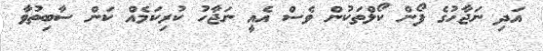
އަދި ނަޖާހުގެ ފޯން ކޯލްތަކުން ވެސް އެއީ ނަޖާހު ކުރިކަމެއް ކަން ސާބިތުވާ